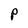
Character: p